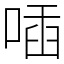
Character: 喢